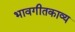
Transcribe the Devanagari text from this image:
भावगीतकाव्य